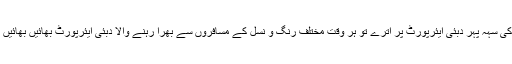
18 مارچ کی سہہ پہر دبئی ایئرپورٹ پر اترے تو ہر وقت مختلف رنگ و نسل کے مسافروں سے بھرا رہنے والا دبئی ایئرپورٹ بھائیں بھائیں کر رہا تھا۔